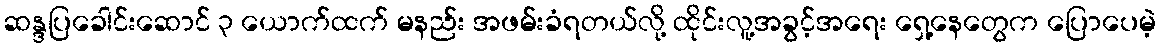
ဆန္ဒပြခေါင်းဆောင် ၃ ယောက်ထက် မနည်း အဖမ်းခံရတယ်လို့ ထိုင်းလူ့အခွင့်အရေး ရှေ့နေတွေက ပြောပေမဲ့